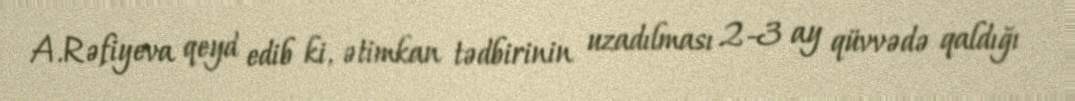
A.Rəfiyeva qeyd edib ki, ətimkan tədbirinin uzadılması 2-3 ay qüvvədə qaldığı